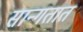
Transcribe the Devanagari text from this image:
सान्गतात